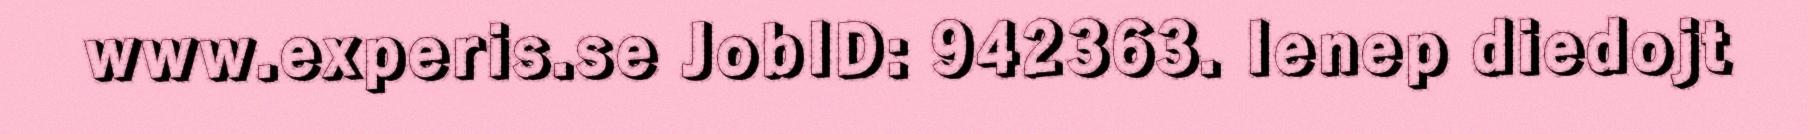
www.experis.se JobID: 942363. Ienep diedojt